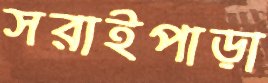
সরাইপাড়া